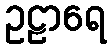
ဥဠာရေ